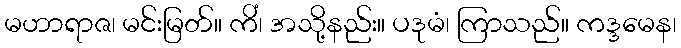
မဟာရာဇ၊ မင်းမြတ်။ ကိံ၊ အသို့နည်း။ ပဒုမံ၊ ကြာသည်။ ကဒ္ဒမေန၊